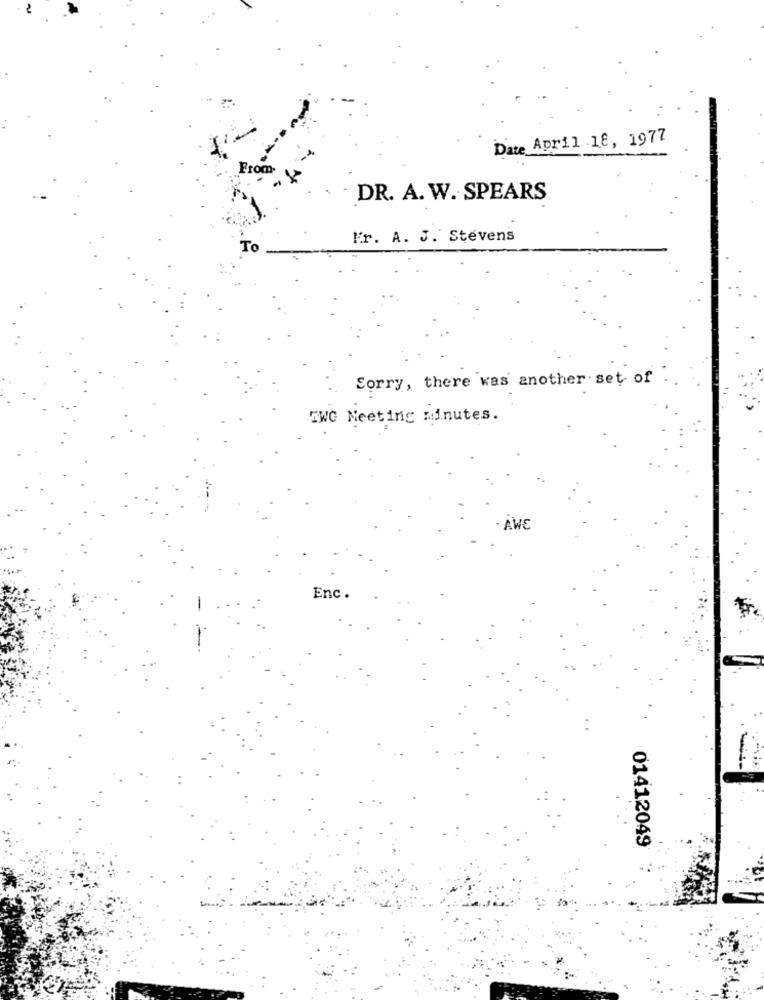
Date April 18, 1977
DR. A. W. SPEARS
Er. A. J. Stevens
To
Sorry, there was another . set of
TWG Neeting minutes.
AWE
Enc.
01412049